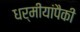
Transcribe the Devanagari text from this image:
धर्मीयांपैकी